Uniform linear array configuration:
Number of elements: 8
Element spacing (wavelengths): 0.25
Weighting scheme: hamming
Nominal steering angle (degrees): -45
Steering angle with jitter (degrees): -43.943
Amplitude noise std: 0.05
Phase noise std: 0.05

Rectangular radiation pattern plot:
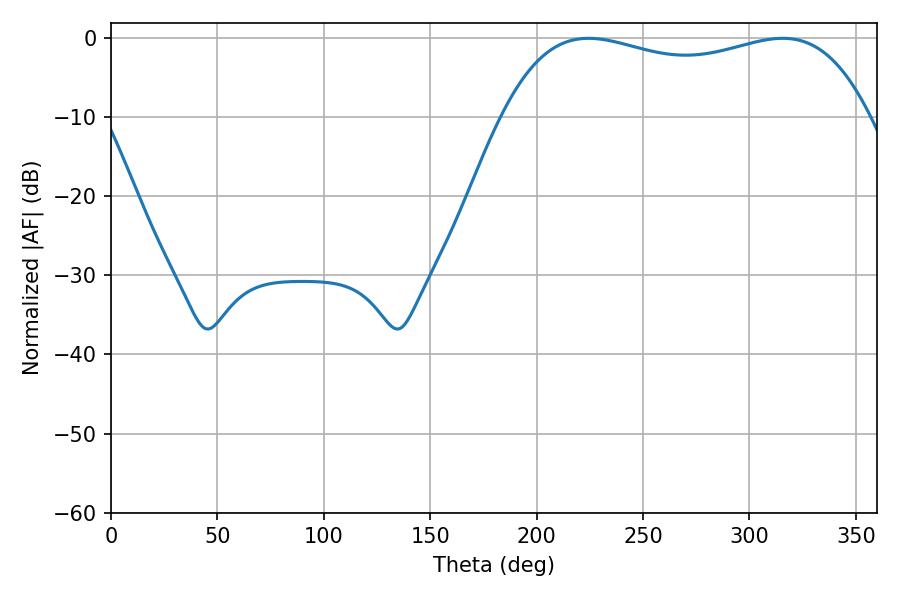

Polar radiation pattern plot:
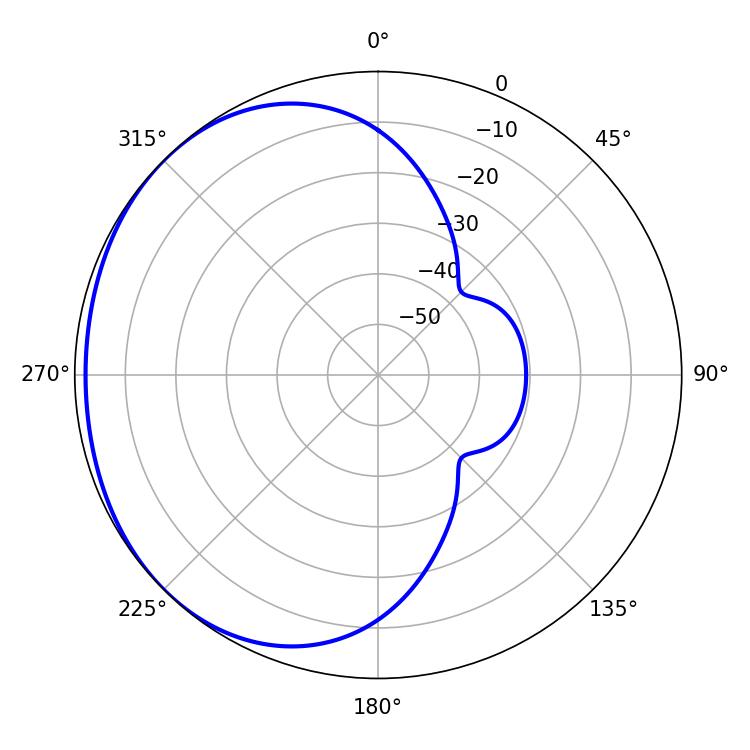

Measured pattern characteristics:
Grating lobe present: FALSE
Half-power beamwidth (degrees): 140.04
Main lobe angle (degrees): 224.46